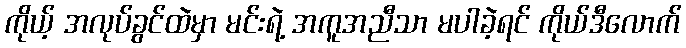
ကိုယ့် အလုပ်ခွင်ထဲမှာ မင်းရဲ့ အကူအညီသာ မပါခဲ့ရင် ကိုယ်ဒီလောက်